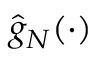
{ \hat { g } } _ { N } ( \cdot )